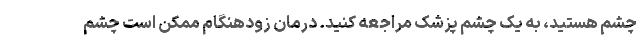
چشم هستید، به یک چشم پزشک مراجعه کنید. درمان زودهنگام ممکن است چشم